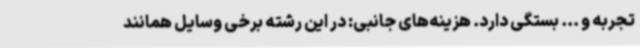
تجربه و ... بستگی دارد. هزینه‌های جانبی: در این رشته برخی وسایل همانند